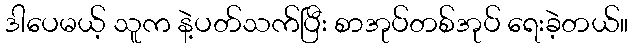
ဒါပေမယ့် သူက နဲ့ပတ်သက်ပြီး စာအုပ်တစ်အုပ် ရေးခဲ့တယ်။